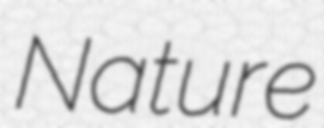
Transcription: Nature